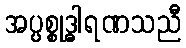
အပ္ပစ္စုဒ္ဓါရဏသညီ